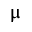
\upmu